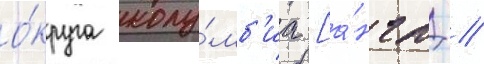
о́круга колу́мб'иа [а́нгл. /